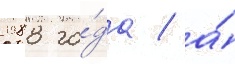
1988 го́да / а́